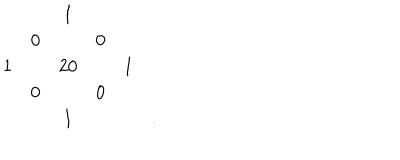
LaTeX: \begin{array} { c c c c c c } { { } } & { { } } & { { 1 } } & { { } } & { { } } & { { } } \\ { { } } & { { 0 } } & { { } } & { { 0 } } & { { } } & { { } } \\ { { 1 } } & { { } } & { { 2 0 } } & { { } } & { { 1 } } & { { } } \\ { { } } & { { 0 } } & { { } } & { { 0 } } & { { } } & { { } } \\ { { } } & { { } } & { { 1 } } & { { } } & { { } } & { { . } } \\ \end{array}